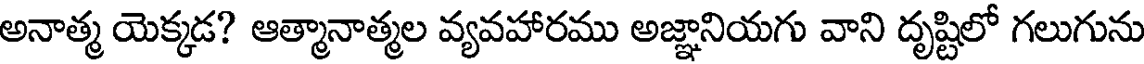
అనాత్మ యెక్కడ? ఆత్మానాత్మల వ్యవహారము అజ్ఞానియగు వాని దృష్టిలో గలుగును